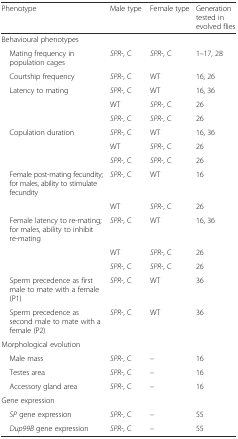
| Phenotype | Male type | Female type | Generation tested in evolved flies |
 | --- | --- | --- | --- |
 | <COLSPAN=4> Behavioural phenotypes |
 | Mating frequency in population cages | SPR-, C | SPR-, C | 1–17, 28 |
 | Courtship frequency | SPR-, C | WT | 16, 26 |
 | Latency to mating | SPR-, C | WT | 16, 36 |
 |  | WT | SPR-, C | 26 |
 |  | SPR-, C | SPR-, C | 26 |
 | Copulation duration | SPR-, C | WT | 16, 36 |
 |  | WT | SPR-, C | 26 |
 |  | SPR-, C | SPR-, C | 26 |
 | Female post-mating fecundity; for males, ability to stimulate fecundity | SPR-, C | WT | 16 |
 |  | WT | SPR-, C | 26 |
 | Female latency to re-mating; for males, ability to inhibit re-mating | SPR-, C | WT | 16, 36 |
 |  | WT | SPR-, C | 26 |
 |  | SPR-, C | SPR-, C | 26 |
 | Sperm precedence as first male to mate with a female (P1) | SPR-, C | WT | 36 |
 | Sperm precedence as second male to mate with a female (P2) | SPR-, C | WT | 36 |
 | <COLSPAN=4> Morphological evolution |
 | Male mass | SPR-, C | – | 16 |
 | Testes area | SPR-, C | – | 16 |
 | Accessory gland area | SPR-, C | – | 16 |
 | <COLSPAN=4> Gene expression |
 | SP gene expression | SPR-, C | – | 55 |
 | Dup99B gene expression | SPR-, C | – | 55 |